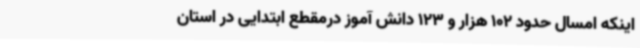
اینکه امسال حدود 102 هزار و 123 دانش آموز درمقطع ابتدایی در استان